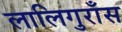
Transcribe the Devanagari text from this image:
लालिगुराँस